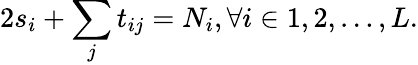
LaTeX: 2s_{i}+\sum_{j}t_{ij}=N_{i},\forall i\in{1,2,\ldots,L}.